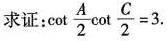
求证: $$\cot \frac{A}{2} \cot \frac{C}{2}=3.$$